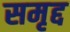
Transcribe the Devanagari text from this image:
समृद्द